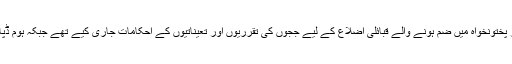
پشاور ہائی کورٹ کے چیف جسٹس وقاراحمد سیٹھ نے حال ہی میں خیبر پختونخواہ میں ضم ہونے والے قبائلی اضلاع کے لیے ججوں کی تقرریوں اور تعیناتیوں کے احکامات جاری کیے تھے جبکہ ہوم ڈپارٹمنٹ نے 18 سرکاری وکلا کو مختلف قبائلی اضلاع میں بھیج دیا تھا۔